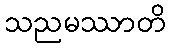
သညမဿာတိ